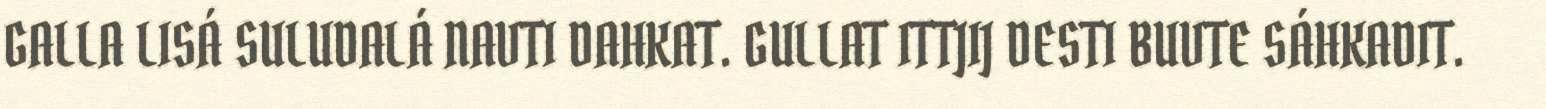
GALLA LISÁ SULUDALÁ NAVTI DAHKAT. GULLAT ITTJIJ DESTI BUVTE SÁHKADIT.